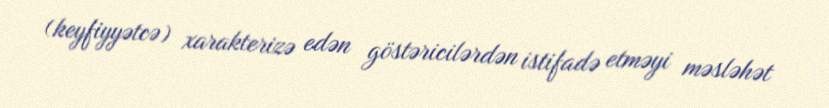
(keyfiyyətcə) xarakterizə edən göstəricilərdən istifadə etməyi məsləhət